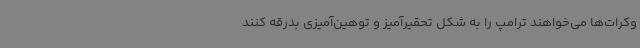
وکرات‌ها می‌خواهند ترامپ را به شکل تحقیرآمیز و توهین‌آمیزی بدرقه کنند